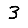
Digit: 3